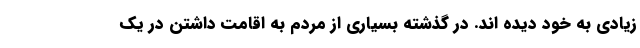
زیادی به خود دیده اند. در گذشته بسیاری از مردم به اقامت داشتن در یک